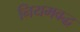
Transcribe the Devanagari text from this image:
नियमवद्ध